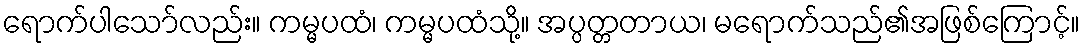
ရောက်ပါသော်လည်း။ ကမ္မပထံ၊ ကမ္မပထံသို့။ အပ္ပတ္တတာယ၊ မရောက်သည်၏အဖြစ်ကြောင့်။